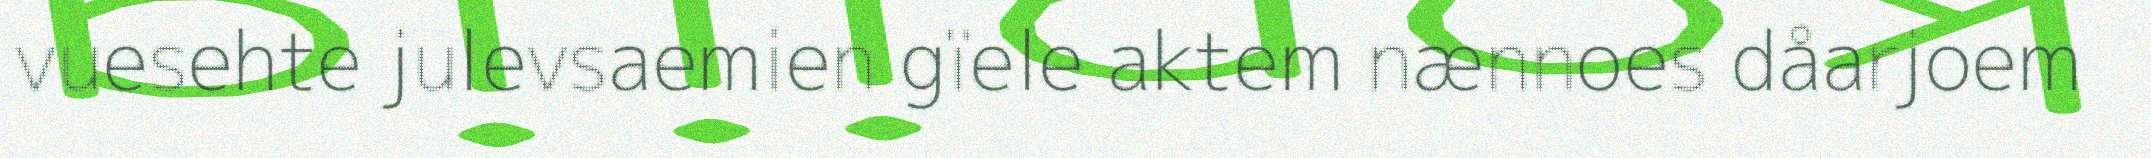
vuesehte julevsaemien gïele aktem nænnoes dåarjoem